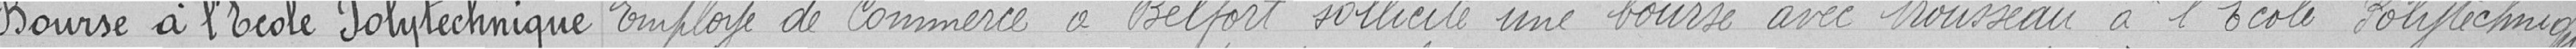
Bourse à l'Ecole Polytechnique Employé de commerce à Belfort sollicite une bourse avec trousseau à l'Ecole Polytechnique